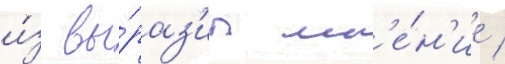
и́з вы́раз'ил мн'е́н'ие /